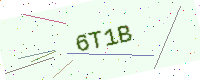
Text: 6T1B